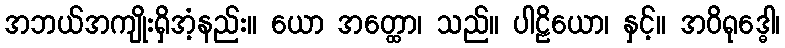
အဘယ်အကျိုးရှိအံ့နည်း။ ယော အတ္ထော၊ သည်။ ပါဠိယော၊ နှင့်။ အဝိရုဒ္ဓေါ၊